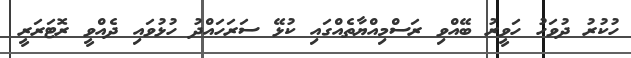
ހުކުރު ދުވަހު ހަވީރު ބޭއްވި ރަސްމިއްޔާތެއްގައި ކުޅޭ ސަރަހައްދު ހުޅުވައި ދެއްވީ ރޮޓަރަރީ